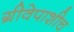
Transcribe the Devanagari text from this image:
ग्रीवेपाशीच